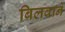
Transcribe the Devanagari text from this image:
बिलवाने